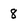
Character: 8